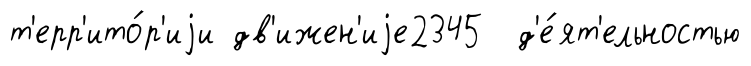
т'ерр'ито́р'иjи дв'ижен'иjе2345 д'е́ят'ельностью